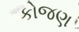
કોજણ